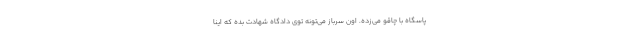
پاسگاه با چاقو مي‌زده. اون سرباز مي‌تونه توي دادگاه شهادت بده كه اينا